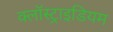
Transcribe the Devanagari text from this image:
क्लॉस्ट्राइडियम